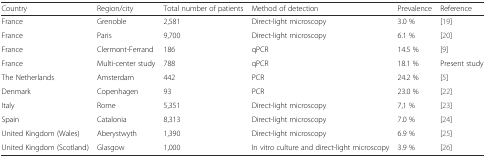
<table><thead><tr><td><b>Country</b></td><td><b>Region/city</b></td><td><b>Total number of patients</b></td><td><b>Method of detection</b></td><td><b>Prevalence</b></td><td><b>Reference</b></td></tr></thead><tbody><tr><td>France</td><td>Grenoble</td><td>2,581</td><td>Direct-light microscopy</td><td>3.0 %</td><td>[19]</td></tr><tr><td>France</td><td>Paris</td><td>9,700</td><td>Direct-light microscopy</td><td>6.1 %</td><td>[20]</td></tr><tr><td>France</td><td>Clermont-Ferrand</td><td>186</td><td>qPCR</td><td>14.5 %</td><td>[9]</td></tr><tr><td>France</td><td>Multi-center study</td><td>788</td><td>qPCR</td><td>18.1 %</td><td>Present study</td></tr><tr><td>The Netherlands</td><td>Amsterdam</td><td>442</td><td>PCR</td><td>24.2 %</td><td>[5]</td></tr><tr><td>Denmark</td><td>Copenhagen</td><td>93</td><td>PCR</td><td>23.0 %</td><td>[22]</td></tr><tr><td>Italy</td><td>Rome</td><td>5,351</td><td>Direct-light microscopy</td><td>7,1 %</td><td>[23]</td></tr><tr><td>Spain</td><td>Catalonia</td><td>8,313</td><td>Direct-light microscopy</td><td>7.0 %</td><td>[24]</td></tr><tr><td>United Kingdom (Wales)</td><td>Aberystwyth</td><td>1,390</td><td>Direct-light microscopy</td><td>6.9 %</td><td>[25]</td></tr><tr><td>United Kingdom (Scotland)</td><td>Glasgow</td><td>1,000</td><td>In vitro culture and direct-light microscopy</td><td>3.9 %</td><td>[26]</td></tr></tbody></table>